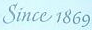
Since 1869